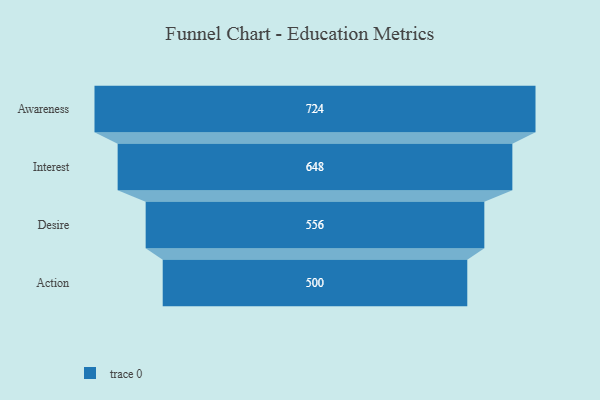
{"axis": {"x": "Stage", "y": "Value"}, "legend": [""], "data": [{"x": "Awareness", "y": 724.0, "type": ""}, {"x": "Interest", "y": 648.0, "type": ""}, {"x": "Desire", "y": 556.0, "type": ""}, {"x": "Action", "y": 500, "type": ""}]}